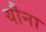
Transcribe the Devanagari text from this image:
यौना